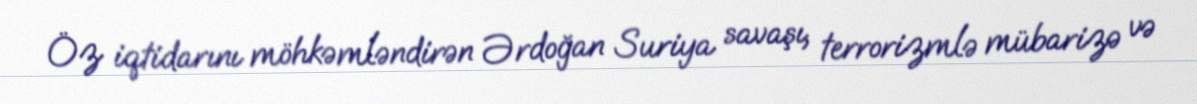
Öz iqtidarını möhkəmləndirən Ərdoğan Suriya savaşı, terrorizmlə mübarizə və